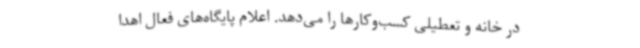
در خانه و تعطیلی کسب‌وکارها را می‌دهد. اعلام پایگاه‌های فعال اهدا